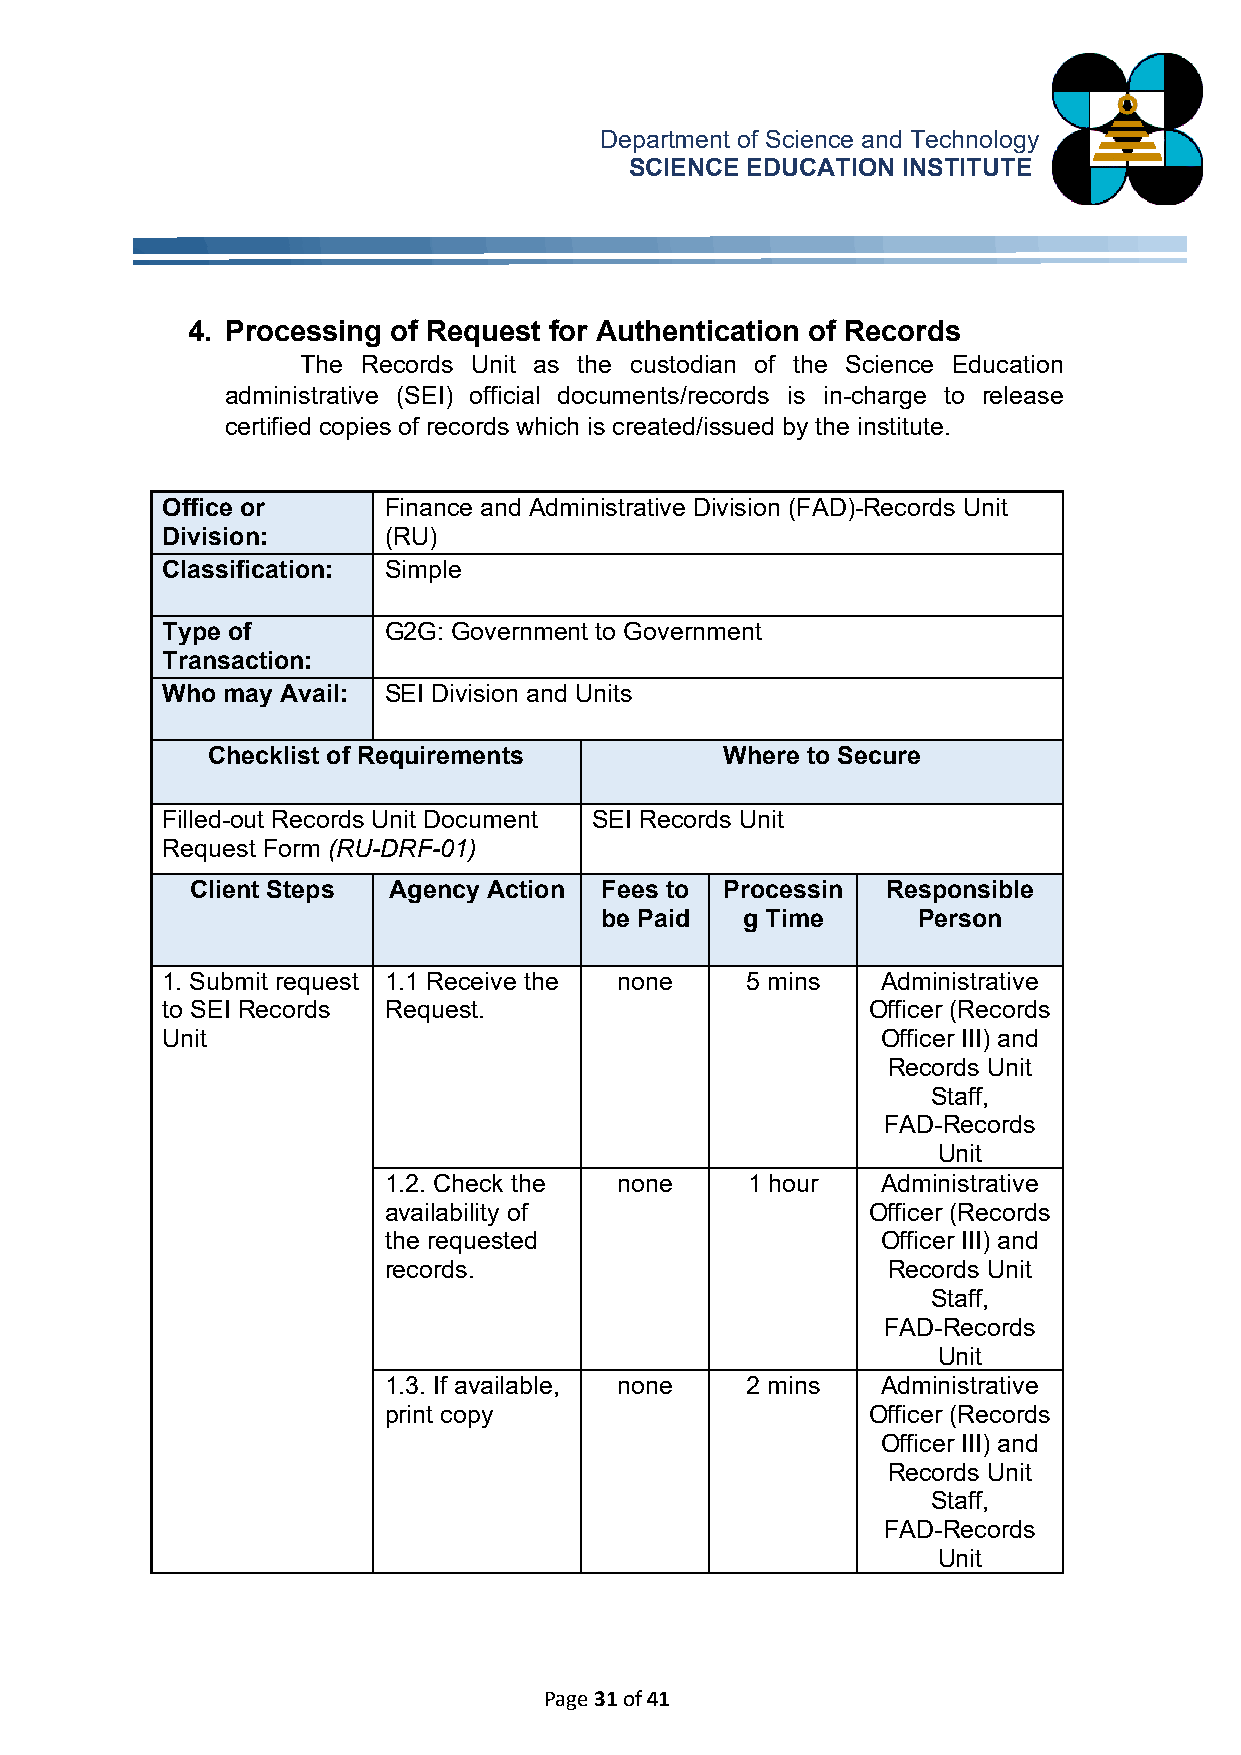
Department of Science and Technology
 SCIENCE EDUCATION INSTITUTE
 4. Processing of Request for Authentication of Records
 The Records Unit as the custodian of the Science Education
 administrative (SEI) official documents/records is in-charge to release
 certified copies of records which is created/issued by the institute.
 Office or     Finance and Administrative Division (FAD)-Records Unit
 Division:     (RU)
 Classification: Simple
 Type of       G2G: Government to Government
 Transaction:
 Who may Avail: SEI Division and Units
 Checklist of Requirements         Where to Secure
 Filled-out Records Unit Document SEI Records Unit
 Request Form (RU-DRF-01)
 Client Steps Agency Action Fees to Processin  Responsible
 be Paid  g Time      Person
 1. Submit request 1.1 Receive the none 5 mins  Administrative
 to SEI Records Request.                       Officer (Records
 Unit                                           Officer III) and
 Records Unit
 Staff,
 FAD-Records
 Unit
 1.2. Check the  none    1 hour   Administrative
 availability of                 Officer (Records
 the requested                    Officer III) and
 records.                          Records Unit
 Staff,
 FAD-Records
 Unit
 1.3. If available, none 2 mins   Administrative
 print copy                      Officer (Records
 Officer III) and
 Records Unit
 Staff,
 FAD-Records
 Unit
 Page 31 of 41